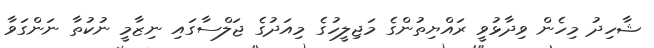
ޝާހިދު މިހެން ވިދާޅުވީ ރައްޔިތުންގެ މަޖިލީހުގެ މިއަދުގެ ޖަލްސާގައި ނިޒާމީ ނުކުތާ ނަންގަވާ